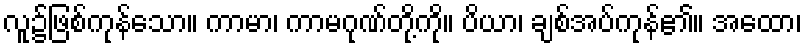
လူ၌ဖြစ်ကုန်သော။ ကာမာ၊ ကာမဂုဏ်တို့ကို။ ပိယာ၊ ချစ်အပ်ကုန်၏။ အထော၊